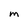
Character: M